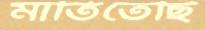
মাতিতেছি